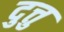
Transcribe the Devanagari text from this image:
दुत्तु